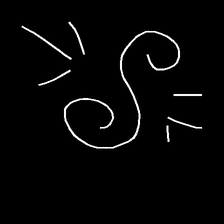
Glyph: wind-directs-air